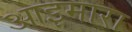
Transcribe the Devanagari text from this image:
आइमारा